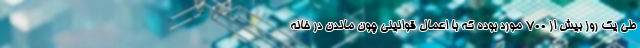
طی یک روز بیش از ۷۰۰ مورد بوده که با اعمال قوانینی چون ماندن در خانه